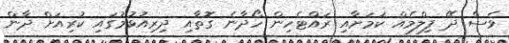
ވެސް ދޭ ފިލްމެއް ކަމަށާއި ރައްޓެހިން ހޯދާނެ ގޮތާއި ދިރިއުޅުމުގައި ކުރިއަށް ދާން